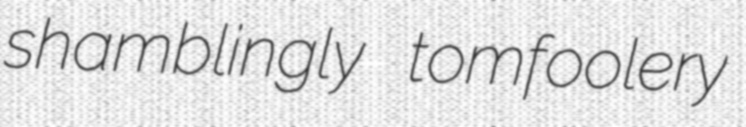
shamblingly tomfoolery